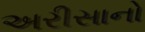
અરીસાનો